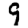
Digit: 9